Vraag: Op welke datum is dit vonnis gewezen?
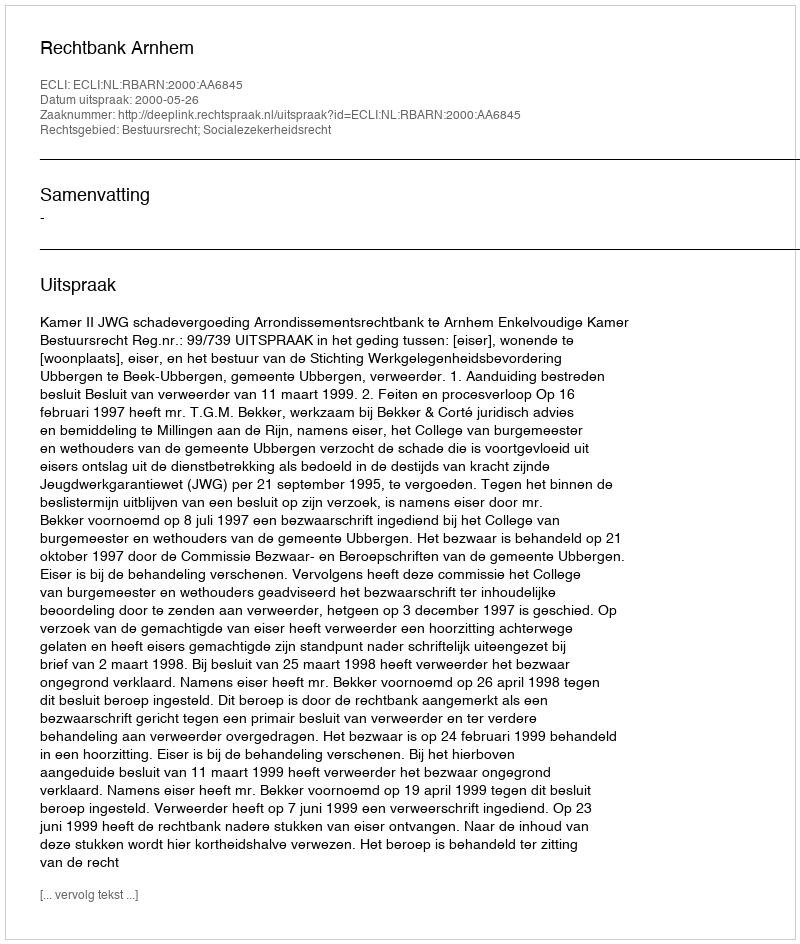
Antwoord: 2000-05-26